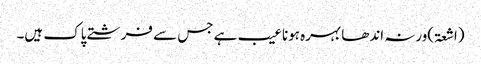
(اشعۃ)ورنہ اندھا بہرہ ہونا عیب ہے جس سے فرشتے پاک ہیں۔